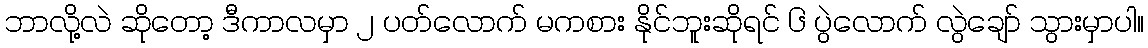
ဘာလို့လဲ ဆိုတော့ ဒီကာလမှာ ၂ ပတ်လောက် မကစား နိုင်ဘူးဆိုရင် ၆ ပွဲလောက် လွဲချော် သွားမှာပါ။